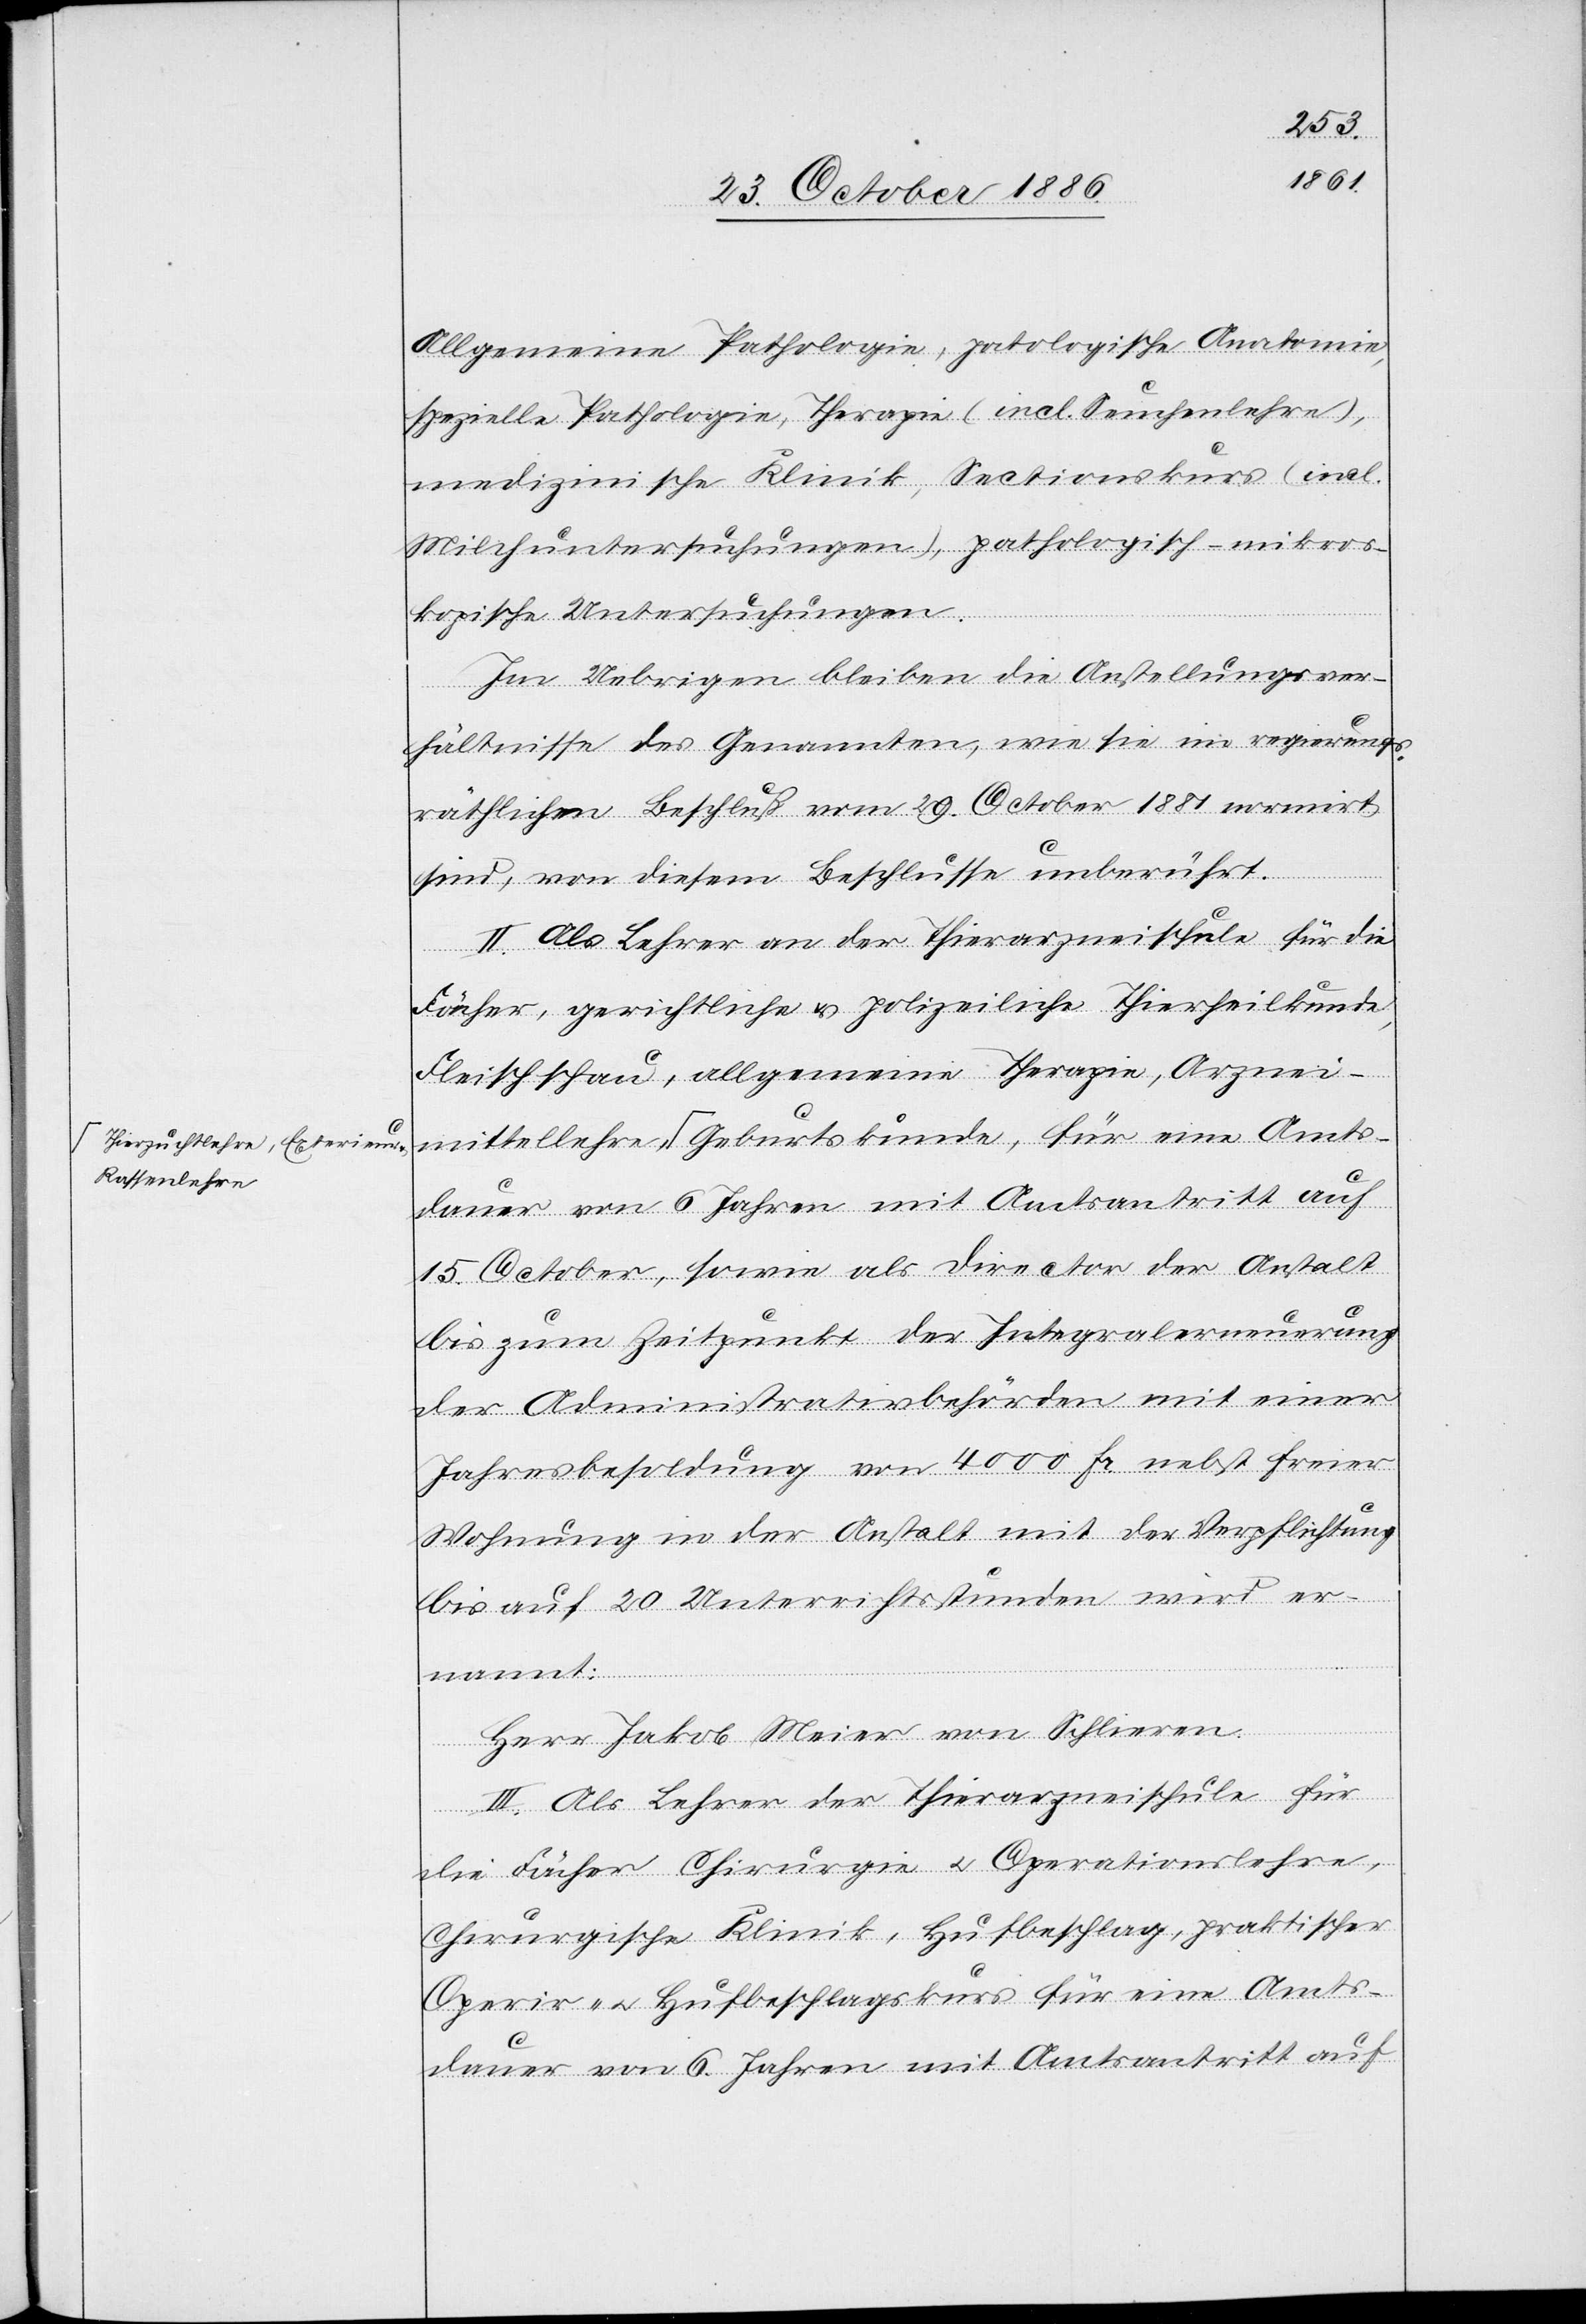
hierzuchtlehre, Exterieur
Rassenlehre-a

Allgemeine Pathologie, pathologische Anatomie,
spezielle Pathologie, Therapie (incl. Seuchenlehre),
medizinische Klinik, Sectionskurs (incl.
Milchuntersuchungen), pathologisch-mikros¬
kopische Untersuchungen.
Im Uebrigen bleiben die Anstellungsver¬
hältnisse des Genannten, wie sie im regierungs¬
räthlichen Beschluß vom 29. October 1881 normirt
sind, von diesem Beschlusse unberührt.
II. Als Lehrer an der Thierarzneischule für die
Fächer, gerichtliche & polizeiliche Thierheilkunde,
Fleischschau, allgemeine Therapie, Arznei¬
dauer von 6 Jahren mit Amtsantritt auf
15. October, sowie als Direction der Anstalt
bis zum Zeitpunkt der Integralerneuerung
der Administrativbehörden mit einer
Jahresbesoldung von 4000 Fr. nebst freier
Wohnung in der Anstalt mit der Verpflichtung
bis auf 20 Unterrichtsstunden wird er¬
nannt:
Herr Jakob Meier von Schlieren.
Amts¬
III. Als Lehrer der Thierarzneischule für
kunde,
die Fächer Chirurgie & Operationslehre,
Chirurgische Klinik, Hufbeschlag, praktischer
Operir- & Hufbeschlagskurs für eine Amts¬
dauer von 6 Jahren mit Amtsantritt auf